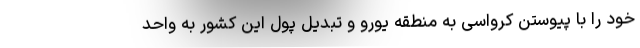
خود را با پیوستن کرواسی به منطقه یورو و تبدیل پول این کشور به واحد